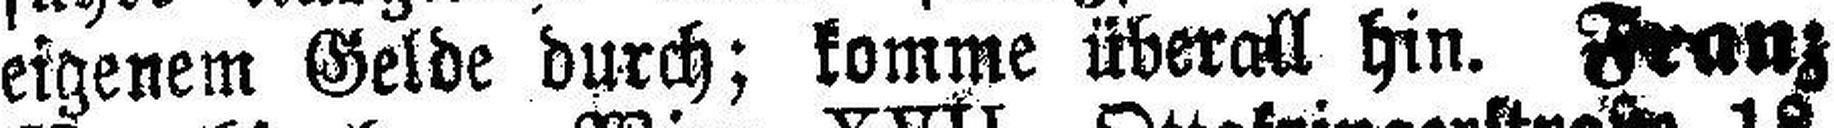
eigenem Gelde durch; komme überall hin. Franz